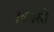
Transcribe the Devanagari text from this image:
।त्रयस्ते